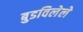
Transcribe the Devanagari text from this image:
बुडविलेले